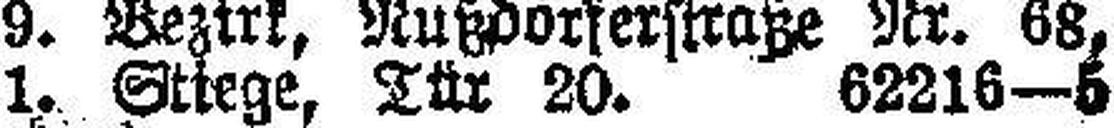
1. Stiege, Tür 20. 62216—6